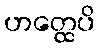
ဟတ္ထေပိ